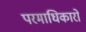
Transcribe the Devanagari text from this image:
परमाधिकारों